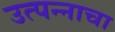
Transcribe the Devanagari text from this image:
उत्पन्‍नाचा